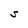
Character: S